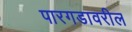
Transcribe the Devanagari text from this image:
पारगडावरील